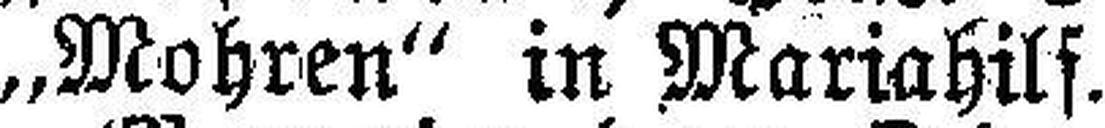
„Mohren“ in Mariahilf.